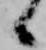
候